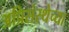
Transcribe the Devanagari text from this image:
अप्रिसंस्थेच्या